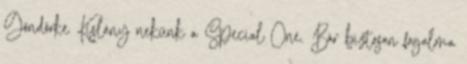
Göndörke Kislány nekünk a Special One. Bár biztosan fogalma